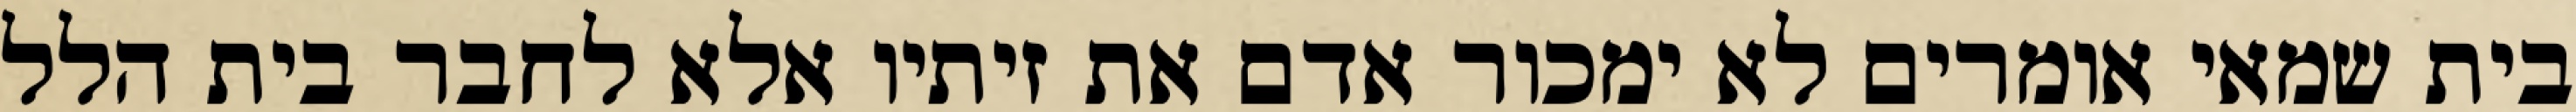
בית שמאי אומרים לא ימכור אדם את זיתיו אלא לחבר בית הלל